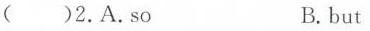
()2.A.So B.but